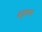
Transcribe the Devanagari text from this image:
अट्रूइयम